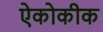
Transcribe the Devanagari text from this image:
ऐकोकीक